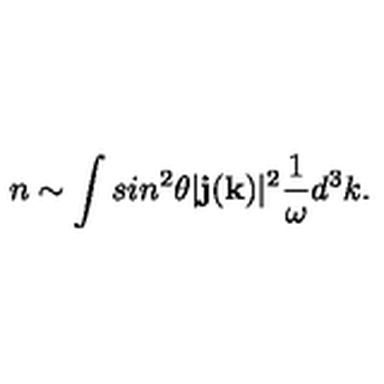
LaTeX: n \sim \int s i n ^ { 2 } \theta | { \bf j } ( { \bf k } ) | ^ { 2 } { \frac { 1 } { \omega } } d ^ { 3 } k .